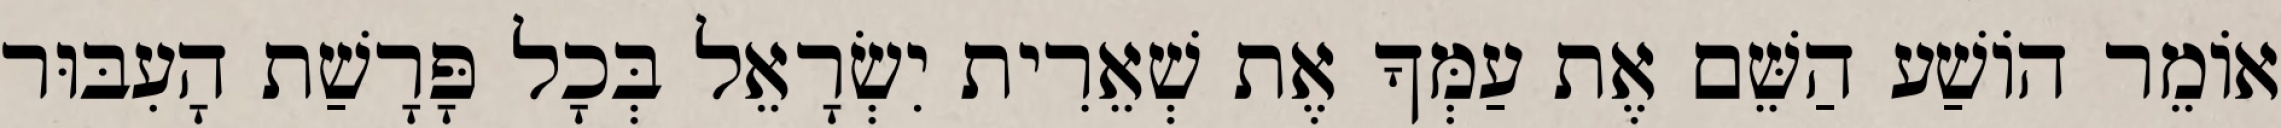
אוֹמֵר הוֹשַׁע הַשֵּׁם אֶת עַמְּךָ אֶת שְׁאֵרִית יִשְׂרָאֵל בְּכָל פָּרָשַׁת הָעִבּוּר